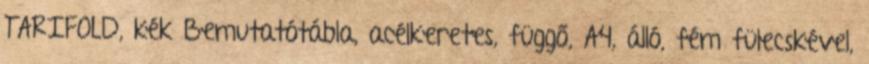
TARIFOLD, kék Bemutatótábla, acélkeretes, függő, A4, álló, fém fülecskével,